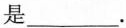
是___.